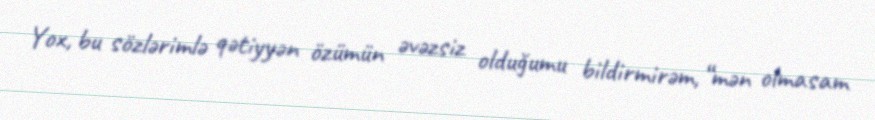
Yox, bu sözlərimlə qətiyyən özümün əvəzsiz olduğumu bildirmirəm, “mən olmasam